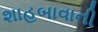
શાહબાવાની